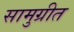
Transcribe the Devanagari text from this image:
सामुग्रीत